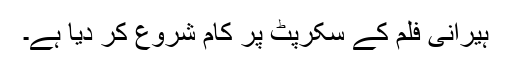
ہیرانی فلم کے سکرپٹ پر کام شروع کر دیا ہے۔